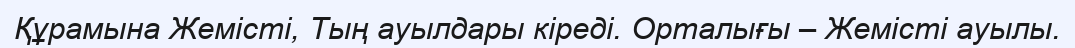
Құрамына Жемісті, Тың ауылдары кіреді. Орталығы – Жемісті ауылы.